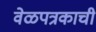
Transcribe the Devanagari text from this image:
वेळपत्रकाची